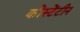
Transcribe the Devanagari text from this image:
कोंस्टेंटीन